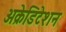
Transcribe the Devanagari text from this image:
अक्रेडिटेशन